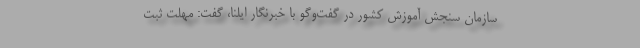
سازمان سنجش آموزش کشور در گفت‌وگو با خبرنگار ایلنا، گفت: مهلت ثبت